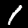
Label: 1